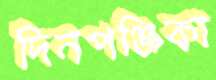
দিনপঞ্জিকা